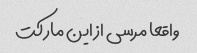
واقعا مرسی از این مارکت